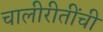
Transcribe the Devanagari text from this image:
चालीरीतींची